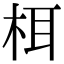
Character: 栮